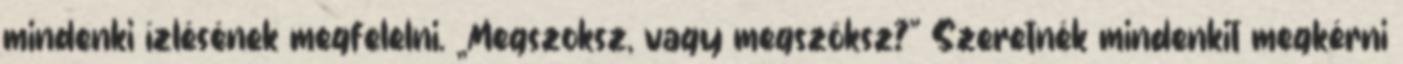
mindenki ízlésének megfelelni. „Megszoksz, vagy megszöksz?” Szeretnék mindenkit megkérni